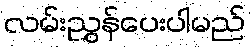
လမ်းညွှန်ပေးပါမည်